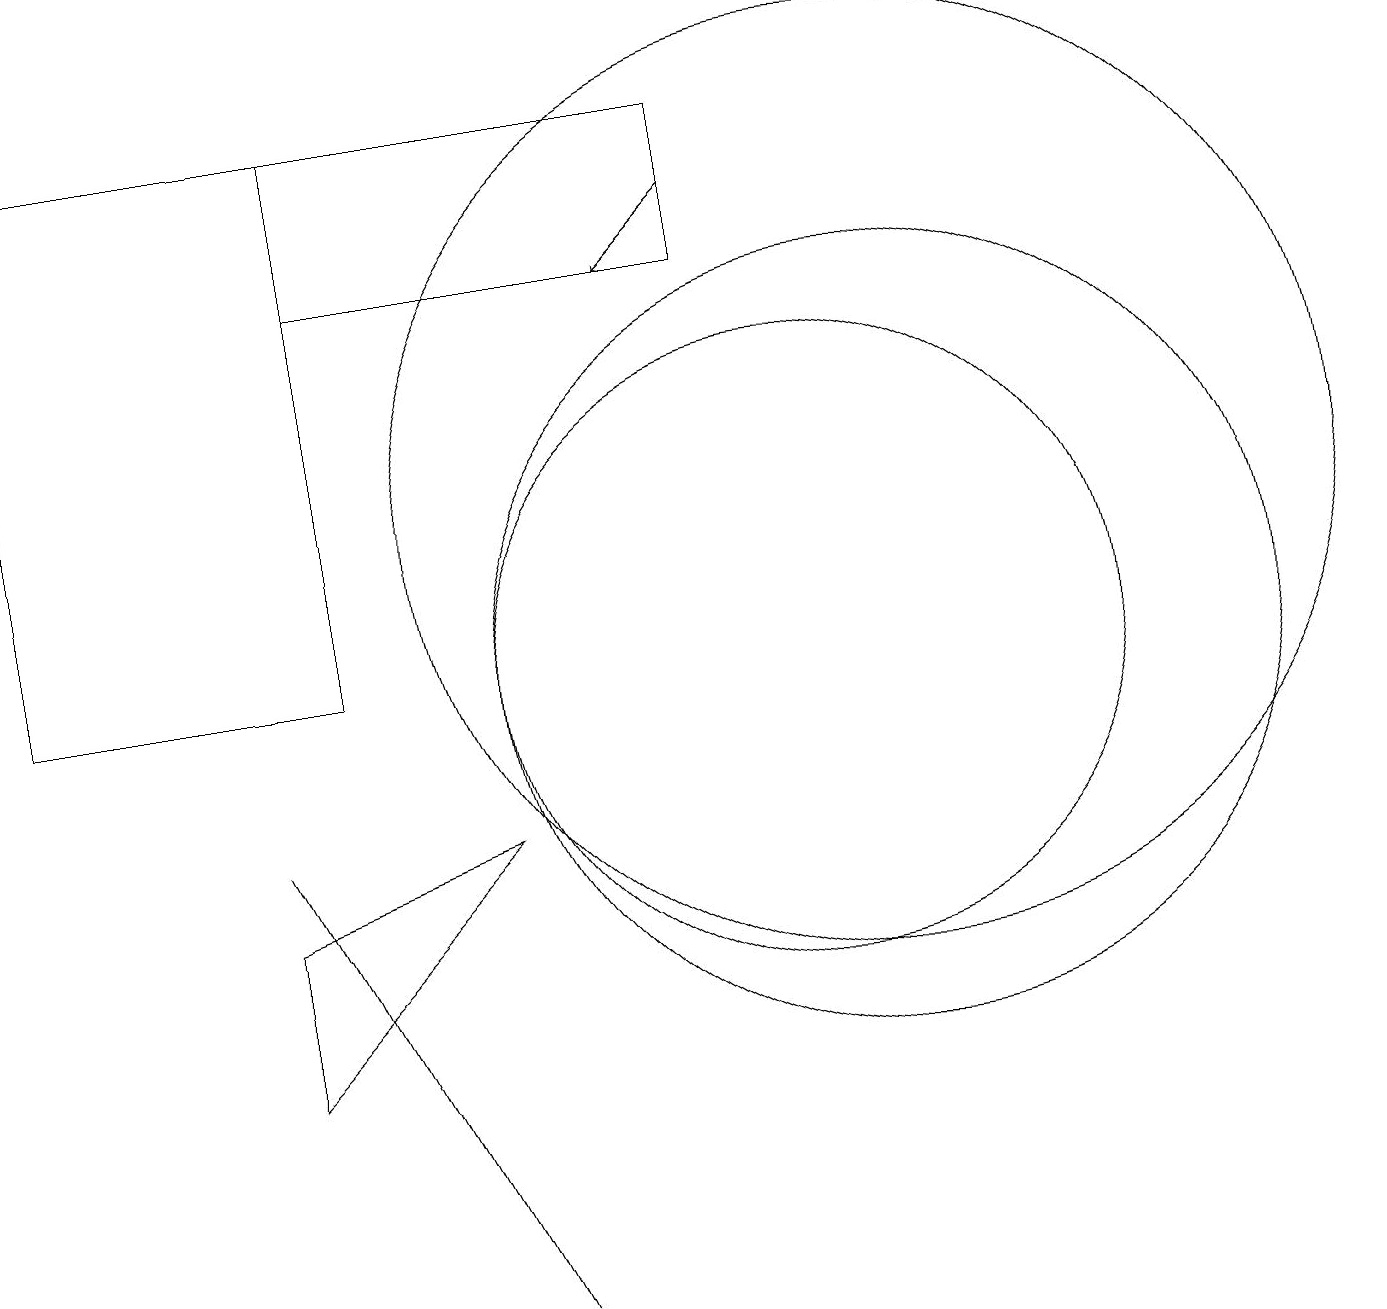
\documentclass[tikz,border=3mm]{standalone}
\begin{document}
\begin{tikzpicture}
\draw (10,10) circle (4);
\draw (9,17) rectangle (4,15);
\draw (11,10) circle (5);
\draw (6,8) -- (3,5) -- (3,7) -- cycle;
\draw (6,2) -- (3,8) -- (5,4) -- cycle;
\draw[->] (9,16) -- (8,15);
\draw (4,17) rectangle (0,10);
\draw (11,12) circle (6);
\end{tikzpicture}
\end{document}